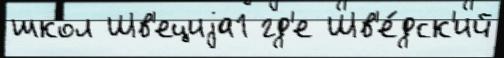
школ Шв'ециjа1 гд'е Шв'е́дск'ий